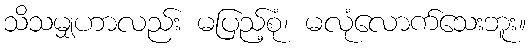
သိသမျှဟာလည်း မပြည့်စုံ၊ မလုံလောက်သေးဘူး။